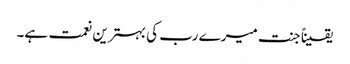
یقیناً جنت میرے رب کی بہترین نعمت ہے۔